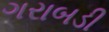
ગરાબડી